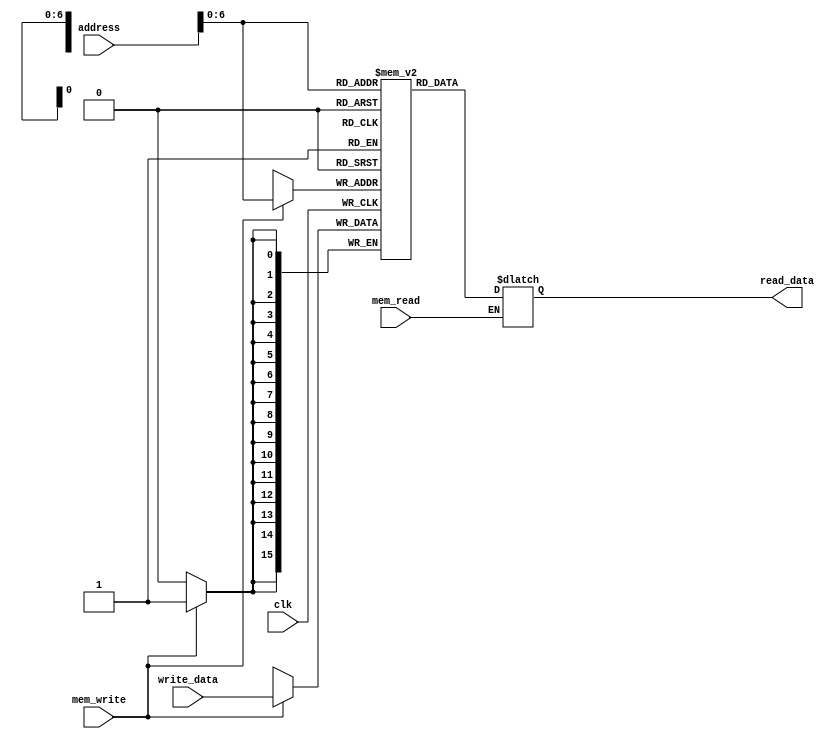
`timescale 1ns / 1ps
//////////////////////////////////////////////////////////////////////////////////
// Company: 
// Engineer: 
// 
// Design Name: 
// Module Name: data_memory
// Project Name: 
// Target Devices: 
// Tool Versions: 
// Description: 
// 
// Dependencies: 
// 
// Revision:
// Revision 0.01 - File Created
// Additional Comments:
// 
//////////////////////////////////////////////////////////////////////////////////


module data_memory(
                  input [15:0] address,
                  input [15:0] write_data,
                  input mem_read,
                  input mem_write,
                  input clk,
                  output reg [15:0] read_data
                 // output reg [63:0] read_data
                   );
                   
    reg [15:0] mem [127:0];    //change the size of the memory
    
    integer i;
    
//    initial
//     begin
//   //   read_data <=0;
//      for(i = 0; i<256; i = i+1) begin
//       mem[i] = i;
//      end
//     end
     
    always @(*)
     begin
     if (mem_read == 1'b1) 
      read_data = mem[address];
     end
     
    always @(posedge clk)
     begin
      if(mem_write)
       begin
        mem[address] <= write_data;
       end
    
     end   
     
            
                  
endmodule